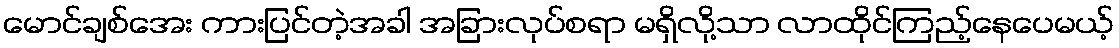
မောင်ချစ်အေး ကားပြင်တဲ့အခါ အခြားလုပ်စရာ မရှိလို့သာ လာထိုင်ကြည့်နေပေမယ့်